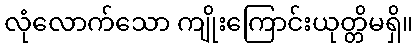
လုံလောက်သော ကျိုးကြောင်းယုတ္တိမရှိ။